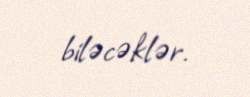
biləcəklər.